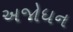
અજોધન